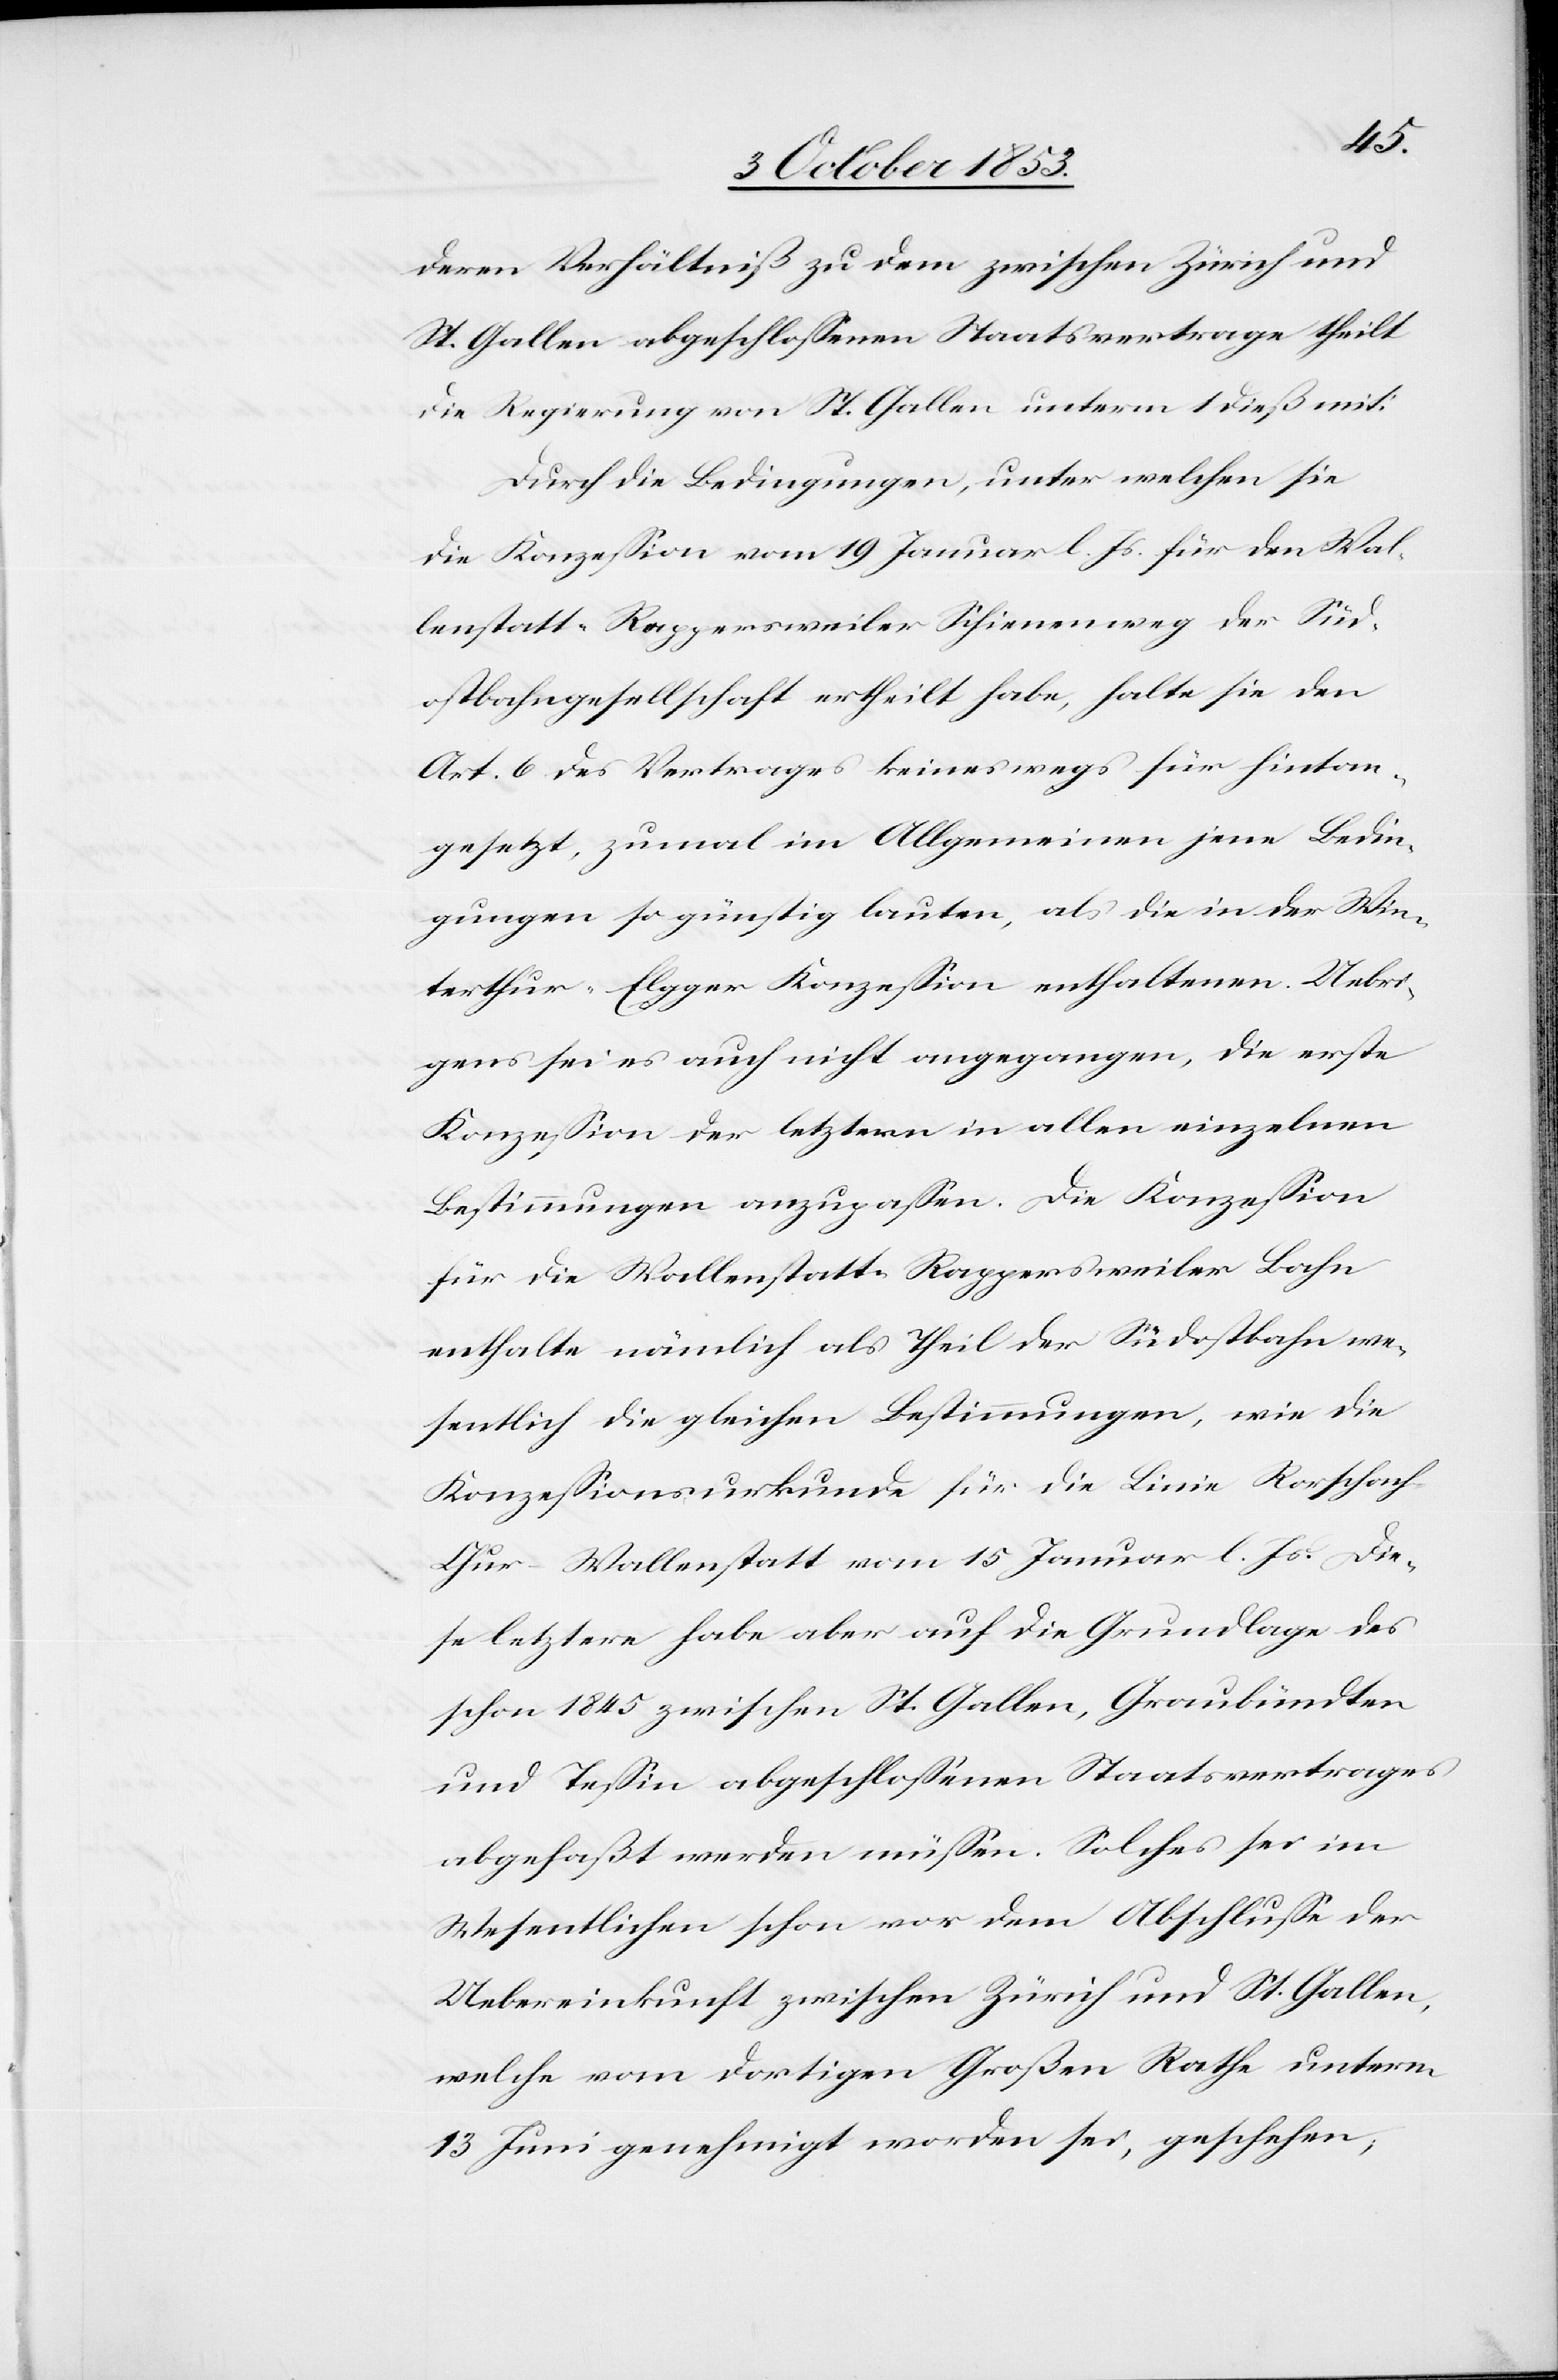
deren Verhältniß zu dem zwischen Zürich und
St. Gallen abgeschloßenen Staatsvertrage theilt
die Regierung von St. Gallen unterm 1 dieß mit:
Durch die Bedingungen, unter welchen sie
die Konzeßion vom 19 Januar l. Js. für den Wal¬
lenstadt–Rappersweiler Schienenweg der Süd¬
ostbahngesellschaft ertheilt habe, halte sie den
Art. 6 des Vertrages keineswegs für hintan¬
gesetzt, zumal im Allgemeinen jene Bedin¬
gungen so günstig lauten, als die in der Win¬
terthur–Elgger Konzeßion enthaltenen. Uebri¬
gens sei es auch nicht angegangen, die erste
Konzeßion der letztern in allen einzelnen
Bestimmungen anzupaßen. Die Konzeßion
für die Wallenstatt–Rappersweiler Bahn
enthalte nämlich als Theil der Südostbahn we¬
sentlich die gleichen Bestimmungen, wie die
Konzeßionsurkunde für die Linie Rorschach–C¬
hur–Wallenstatt vom 15 Januar l. Js. Die¬
se letztere habe aber auf die Grundlage des
schon 1845 zwischen St. Gallen, Graubündten
und Teßin abgeschloßenen Staatsvertrages
abgefaßt werden müßen. Solches sei im
Wesentlichen schon vor dem Abschluße der
Uebereinkunft zwischen Zürich und St. Gallen,
welche vom dortigen Großen Rathe unterm
13 Juni genehmigt worden sei, geschehen,